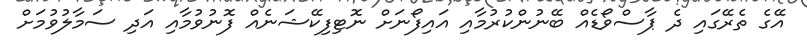
އޭގެ ތެރޭގައި ދެ ޕާސްވޯޑެއް ބޭނުންކުރުމާއި އައިފޯނަށް ނޮޓިފިކޭޝަނެއް ފޮނުވުމާއި އަދި ސަމާލުވުމަށް